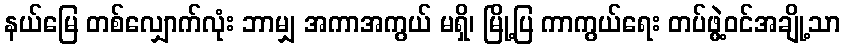
နယ်မြေ တစ်လျှောက်လုံး ဘာမျှ အကာအကွယ် မရှိ၊ မြို့ပြ ကာကွယ်ရေး တပ်ဖွဲ့ဝင်အချို့သာ